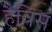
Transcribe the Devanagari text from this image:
हैविंस